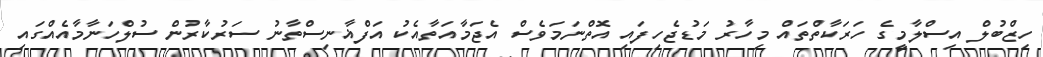
ހިޒްބުލް އިސްލާމީގެ ހަރަކާތްތައް މިހާރު މަޑުޖެހިފައި އޮތްނަމަވެސް އެޖަމާއަތާއެކު އަފްޣާނިސްތާނު ސަރުކާރުން ސުލްހަނާމާއެއްގައި